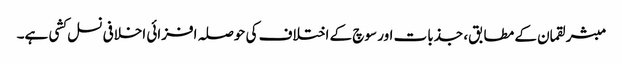
مبشر لقمان کے مطابق، جذبات اور سوچ کے اختلاف کی حوصلہ افزائی اخلافی نسل کشی ہے۔